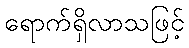
ရောက်ရှိလာသဖြင့်